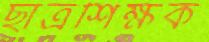
ছাত্রশিক্ষক